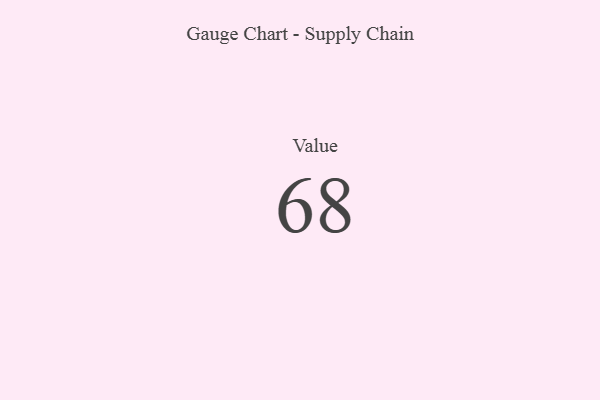
{"axis": {"x": "Metric", "y": "Value"}, "legend": [""], "data": [{"x": "Value", "y": 68, "type": ""}]}